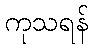
ကုသရန်